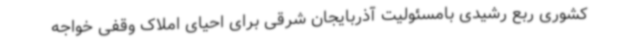
کشوری ربع رشیدی بامسئولیت آذربایجان شرقی برای احیای املاک وقفی خواجه